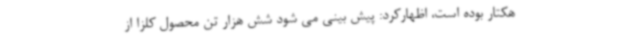
هکتار بوده است، اظهارکرد: پیش بینی می شود شش هزار تن محصول کلزا از